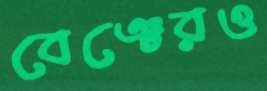
বেঞ্চেরও